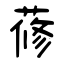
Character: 蓚